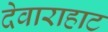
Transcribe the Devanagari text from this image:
देवाराहाट